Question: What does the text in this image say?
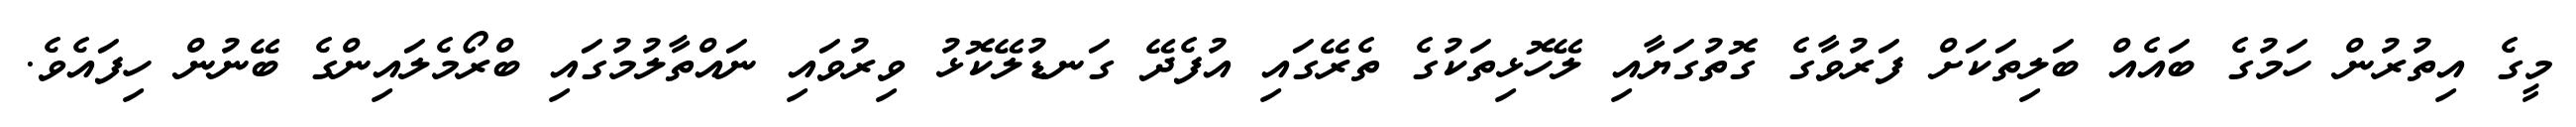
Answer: މީގެ އިތުރުން ހަމުގެ ބައެއް ބަލިތަކަށް ފަރުވާގެ ގޮތުގަޔާއި ލޭހޮޅިތަކުގެ ތެރޭގައި އުފެދޭ ގަނޑުލޭކޮޅު ވިރުވައި ނައްތާލުމުގައި ބްރޯމެލައިންގެ ބޭނުން ހިފައެވެ.